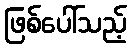
ဖြစ်ပေါ်သည့်